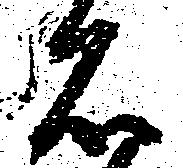
石